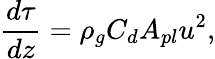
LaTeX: \frac{d\tau}{dz}=\rho_{g}C_{d}A_{pl}u^{2},